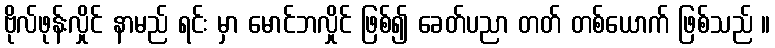
ဗိုလ်ဖုန်းလှိုင် နာမည် ရင်း မှာ မောင်ဘလှိုင် ဖြစ်၍ ခေတ်ပညာ တတ် တစ်ယောက် ဖြစ်သည် ။